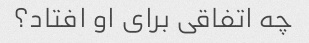
چه اتفاقی برای او افتاد؟